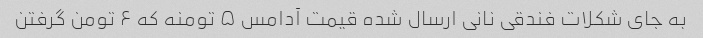
به جای شکلات فندقی نانی ارسال شده قیمت آدامس ۵ تومنه که ۶ تومن گرفتن